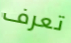
تعرف